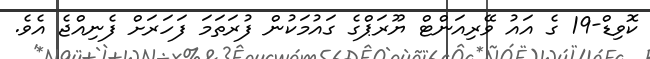
ކޮވިޑް-19 ގެ އައު ވޭރިއަންޓް ޔޫރަޕްގެ ގައުމަކުން ފުރަތަމަ ފަހަރަށް ފެނިއްޖެ އެވެ.